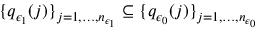
\{ q _ { \epsilon _ { 1 } } ( j ) \} _ { j = 1 , \dots , n _ { \epsilon _ { 1 } } } \subseteq \{ q _ { \epsilon _ { 0 } } ( j ) \} _ { j = 1 , \dots , n _ { \epsilon _ { 0 } } }